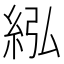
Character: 紭